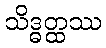
သိဒ္ဓတ္ထဿ